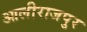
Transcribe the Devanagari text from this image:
आलीराजपुर